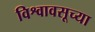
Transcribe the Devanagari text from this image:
विश्वावसूच्या